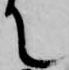
て